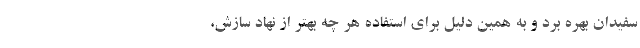
سفیدان بهره برد و به همین دلیل برای استفاده هر چه بهتر از نهاد سازش،